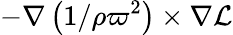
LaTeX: -\nabla\left({{1}/{\rho\varpi^{2}}}\right)\times\nabla{\mathcal{L}}